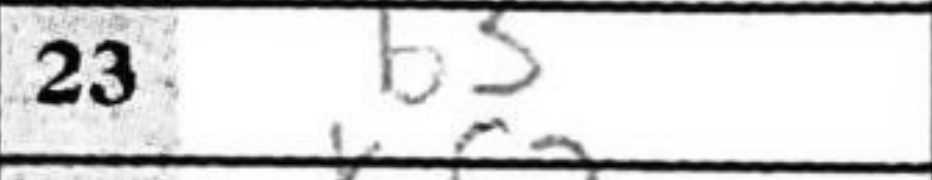
Transcription: b3